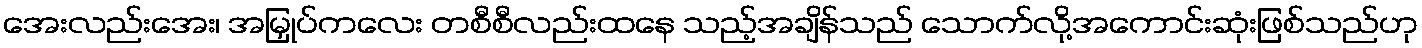
အေးလည်းအေး၊ အမြှုပ်ကလေး တစီစီလည်းထနေ သည့်အချိန်သည် သောက်လို့အကောင်းဆုံးဖြစ်သည်ဟု